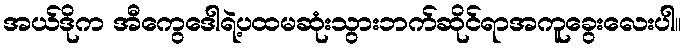
အယ်ဒိုက အီကွေဒေါရဲ့ပထမဆုံးသွားဘက်ဆိုင်ရာအကူခွေးလေးပါ။